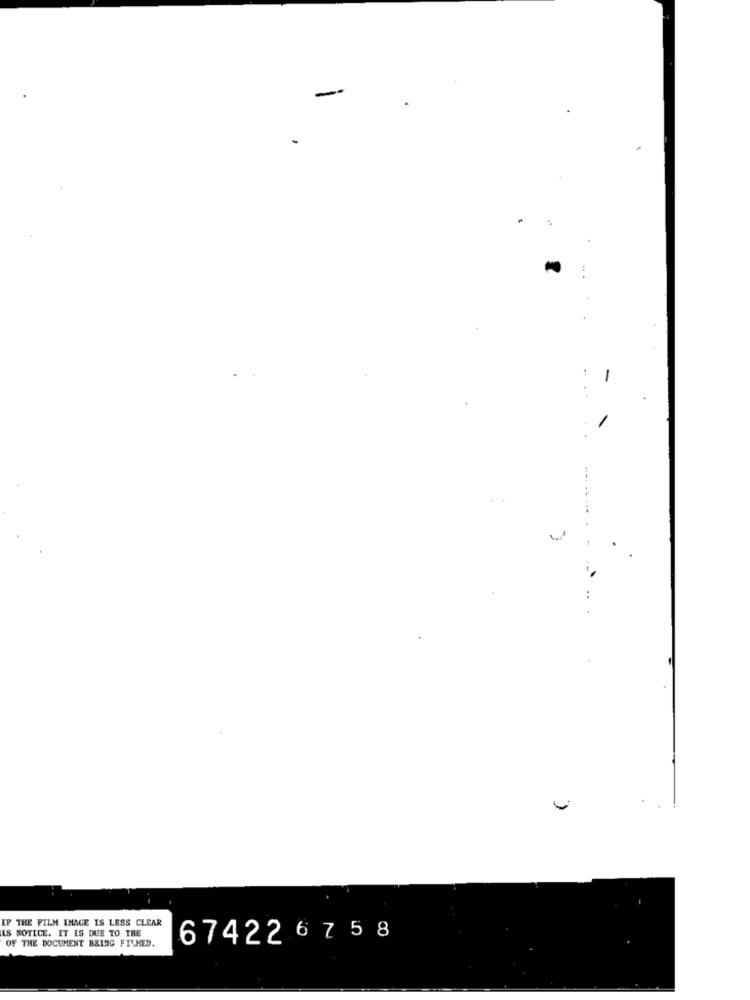
-
EF THE FILM IMME IS LESS CLEAR
AS NOTICE. IT IS DUE TO TRE
674226 75 8
OF THE DOCUMENT BEING FILMED.